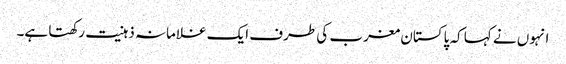
انہوں نے کہا کہ پاکستان مغرب کی طرف ایک غلامانہ ذہنیت رکھتا ہے۔